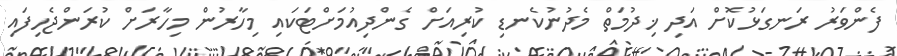
ފެންވަރު ރަނގަޅުކޮށް އަދި ޚިދުމަތް މެދުނުކެނޑި ކުރިއަށް ގެންދިއުމަށްޓަކައި މިހާރުން މިހާރަށް ކުރަންޖެހިފައި